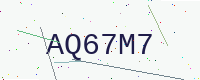
Text: AQ67M7